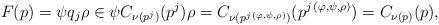
LaTeX: \begin{align*}F(p)=\psi q_j \rho\in \psi C_{\nu(p^j)}(p^j)\rho = C_{\nu(p^{j\,(\varphi,\psi,\rho)})}(p^{j\,(\varphi,\psi,\rho)})=C_{\nu(p)}(p),\end{align*}